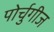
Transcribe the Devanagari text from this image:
पोर्चुगीज